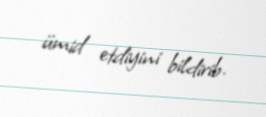
ümid etdiyini bildirib.